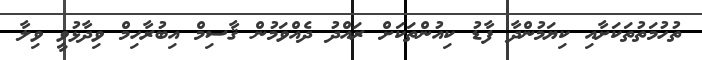
ތުހުމަތުތަކަށާއި ކިޔަމުންދާ ފާޑު ކިއުންތަކަށް ރައްދު ދެއްވަމުން ޤާސިމް އިބުރާހިމް ވިދާޅުވީ ވިލާ